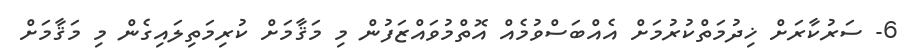
6- ސަރުކާރަށް ޚިދުމަތްކުރުމަށް އެއްބަސްވުމެއް އޮތްމުވައްޒަފުން މި މަޤާމަށް ކުރިމަތިލައިގެން މި މަޤާމަށް